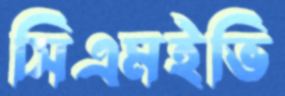
সিএমইভি